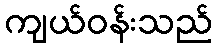
ကျယ်ဝန်းသည်